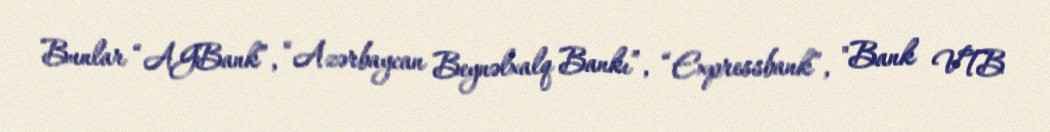
Bunlar “AGBank”, “Azərbaycan Beynəlxalq Bankı”, “Expressbank”, "Bank VTB